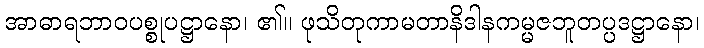
အာဓာရဘာဝပစ္စုပဋ္ဌာနော၊ ၏။ ဖုသိတုကာမတာနိဒါနကမ္မဇဘူတပ္ပဒဋ္ဌာနော၊